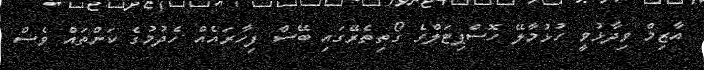
އާޒިމް ވިދާޅުވީ ހުޅުމާލޭ ހޮސްޕިޓަލްގެ ގޯތިތެރޭގައި ބޭސް ފިހާރައެއް ހެދުމުގެ ކަންތައް ވެސް